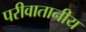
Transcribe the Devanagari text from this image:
परीवातानीय